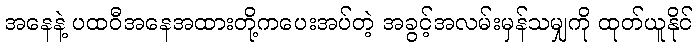
အနေနဲ့ ပထဝီအနေအထားတို့ကပေးအပ်တဲ့ အခွင့်အလမ်းမှန်သမျှကို ထုတ်ယူနိုင်